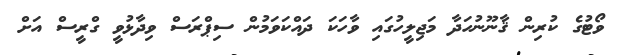
ވޯޓުގެ ކުރިން ޤާނޫނުހަދާ މަޖިލީހުގައި ވާހަކަ ދައްކަވަމުން ސިޕްރަސް ވިދާޅުވީ ގްރީސް އަށް